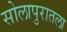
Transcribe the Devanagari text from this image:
सोलापुरातला